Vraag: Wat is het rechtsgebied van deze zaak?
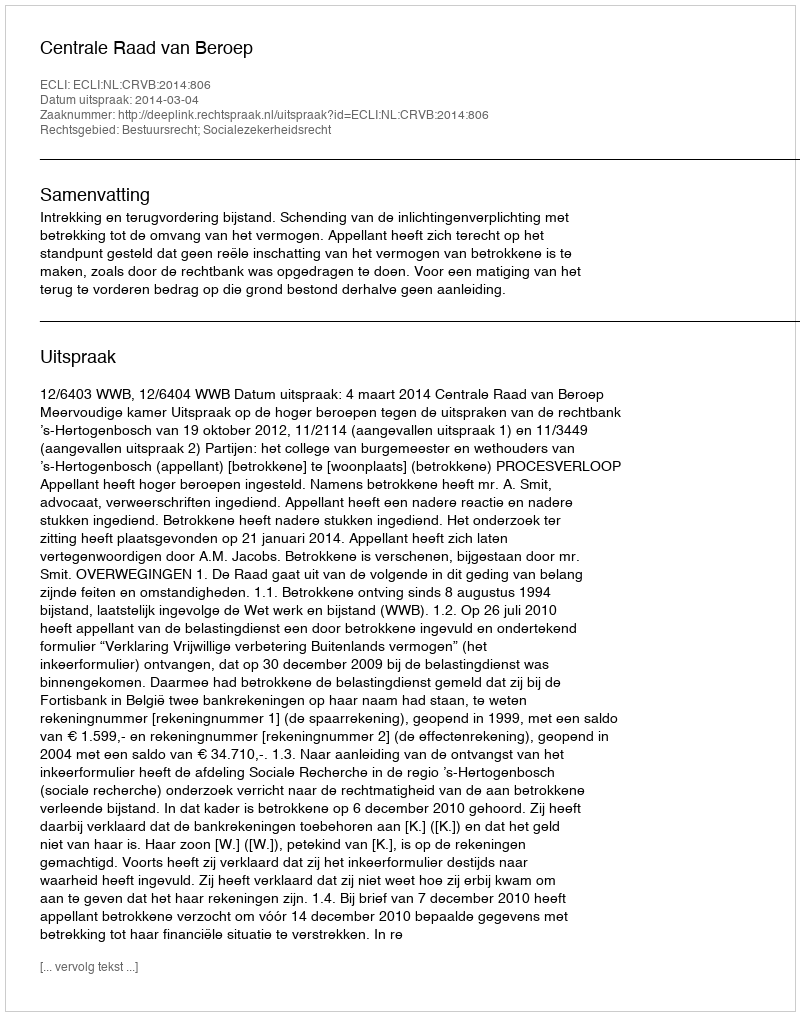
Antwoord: Bestuursrecht; Socialezekerheidsrecht